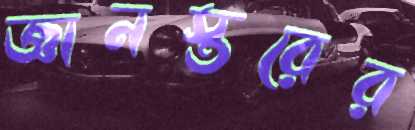
জ্ঞানস্তরের